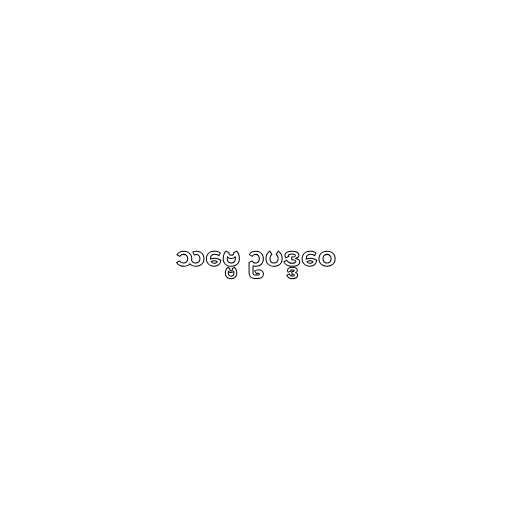
သဗ္ဗေ ဥပဒ္ဒဝေ